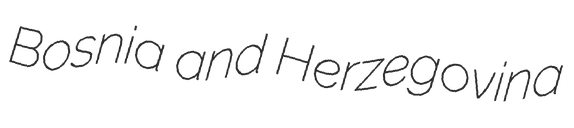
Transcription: Bosnia and Herzegovina